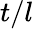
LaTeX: t/l